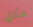
سأثق